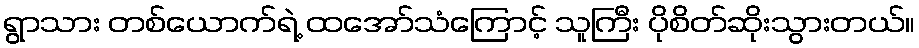
ရွာသား တစ်ယောက်ရဲ့ ထအော်သံကြောင့် သူကြီး ပိုစိတ်ဆိုးသွားတယ်။